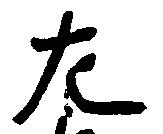
左